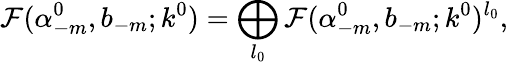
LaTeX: {\cal F}(\alpha_{-m}^{0},b_{-m};k^{0})=\bigoplus_{l_{0}}{\cal F}(\alpha_{-m}^{0},b_{-m};k^{0})^{l_{0}},